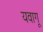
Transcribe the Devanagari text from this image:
यवागू